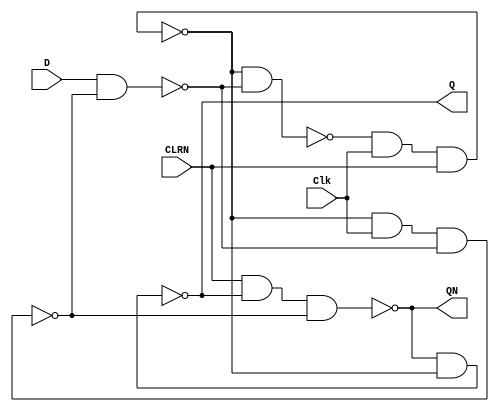
// This program was cloned from: https://github.com/ckugel/Reaction-Time-Game
// License: MIT License

// Copyright (C) 2023  Intel Corporation. All rights reserved.
// Your use of Intel Corporation's design tools, logic functions 
// and other software and tools, and any partner logic 
// functions, and any output files from any of the foregoing 
// (including device programming or simulation files), and any 
// associated documentation or information are expressly subject 
// to the terms and conditions of the Intel Program License 
// Subscription Agreement, the Intel Quartus Prime License Agreement,
// the Intel FPGA IP License Agreement, or other applicable license
// agreement, including, without limitation, that your use is for
// the sole purpose of programming logic devices manufactured by
// Intel and sold by Intel or its authorized distributors.  Please
// refer to the applicable agreement for further details, at
// https://fpgasoftware.intel.com/eula.

// PROGRAM		"Quartus Prime"
// VERSION		"Version 22.1std.1 Build 917 02/14/2023 SC Standard Edition"
// CREATED		"Tue Apr 23 01:56:42 2024"

`ifndef dffCustom
	`define dffCustom

module dffCustom(
	Clk,
	D,
	CLRN,
	Q,
	QN
);


input wire	Clk;
input wire	D;
input wire	CLRN;
output wire	Q;
output wire	QN;

wire	SYNTHESIZED_WIRE_10;
wire	SYNTHESIZED_WIRE_11;
wire	SYNTHESIZED_WIRE_2;
wire	SYNTHESIZED_WIRE_4;
wire	SYNTHESIZED_WIRE_12;
wire	SYNTHESIZED_WIRE_6;

assign	Q = SYNTHESIZED_WIRE_4;
assign	QN = SYNTHESIZED_WIRE_2;



assign	SYNTHESIZED_WIRE_6 = ~(SYNTHESIZED_WIRE_10 & SYNTHESIZED_WIRE_11);

assign	SYNTHESIZED_WIRE_4 = ~(SYNTHESIZED_WIRE_2 & SYNTHESIZED_WIRE_10);

assign	SYNTHESIZED_WIRE_2 = ~(CLRN & SYNTHESIZED_WIRE_4 & SYNTHESIZED_WIRE_12);

assign	SYNTHESIZED_WIRE_10 = ~(SYNTHESIZED_WIRE_6 & Clk & CLRN);

assign	SYNTHESIZED_WIRE_11 = ~(D & SYNTHESIZED_WIRE_12);

assign	SYNTHESIZED_WIRE_12 = ~(SYNTHESIZED_WIRE_10 & Clk & SYNTHESIZED_WIRE_11);


endmodule

`endif